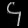
Digit: ၄